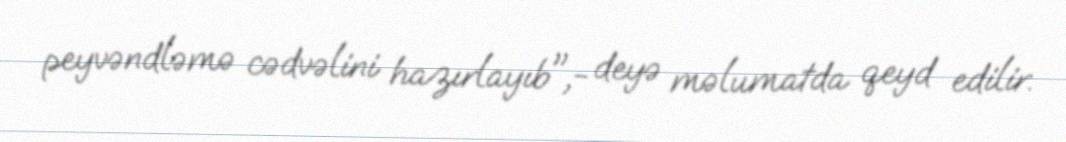
peyvəndləmə cədvəlini hazırlayıb",- deyə məlumatda qeyd edilir.